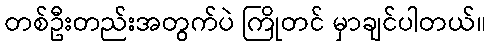
တစ်ဦးတည်းအတွက်ပဲ ကြိုတင် မှာချင်ပါတယ်။